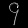
Digit: ၄